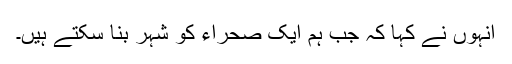
انہوں نے کہا کہ جب ہم ایک صحراء کو شہر بنا سکتے ہیں۔